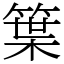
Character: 䈎